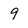
Character: 9